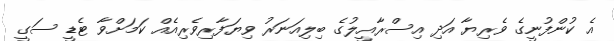
އެ ކުންފުނީގެ ވެރިޔާ އަދި އިސްރާއީލުގެ ބިލިއަނަރު ވިޔަފާރިވެރިއެއް ކަމަށްވާ ޓެޑީ ސަގީ